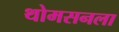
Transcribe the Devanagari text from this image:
थोमसनला